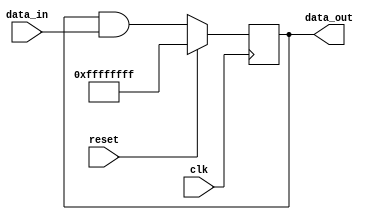
module preReg(clk,reset,data_in,data_out);
input clk;
input reset;
input [31:0] data_in;

output [31:0] data_out;

wire clk;
wire reset;
wire [31:0] data_in;

reg [31:0] data_out;


always@(posedge clk)
   begin
     if(reset == 1)
   		data_out <= 32'b11111111111111111111111111111111;
	else
		data_out <= data_out & data_in;
   end
   
   
endmodule